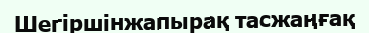
Шегіршінжапырақ тасжаңғақ